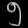
Digit: ၅